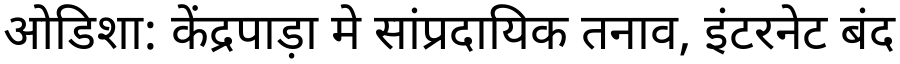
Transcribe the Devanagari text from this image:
ओडिशा: केंद्रपाड़ा मे सांप्रदायिक तनाव, इंटरनेट बंद